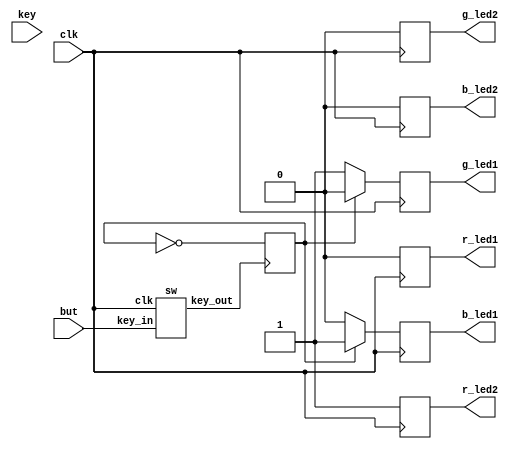
module secret_box(clk,key,but,r_led1,g_led1,b_led1,r_led2,g_led2,b_led2);
	input clk;
	input [7:0] key;
	input but;
	output reg r_led1,r_led2,g_led2,g_led1,b_led2,b_led1;

	reg [7:0] key1=8'b1111_0000;
	reg [7:0] key2=8'b0000_1111;
	reg [7:0] key_temp;

	reg con;
	wire but_lock;
	sw a1(.clk(clk),.key_in(but),.key_out(but_lock));

	always @(posedge but_lock) begin
		con<=~con;
	end

	

	always @(posedge clk) begin
		if(con==1) begin
			key_temp<=key1;
			r_led1<=1'b0;
			b_led1<=1'b1;
			g_led1<=1'b0;
		end
		else begin
			key_temp<=key2;
			r_led1<=1'b0;
			b_led1<=1'b0;
			g_led1<=1'b1;
		end
	end

	always @(posedge clk) begin
		if(key==key_temp) begin
			r_led2<=1'b1;
			b_led2<=1'b0;
			g_led2<=1'b0;
		end
		else begin
			r_led2<=1'b1;
			b_led2<=1'b0;
			g_led2<=1'b0;
		end
	end

endmodule

module sw(clk,key_in,key_out);
	input key_in;
	input clk;
	output reg key_out;
	reg [19:0]tcnt1;
	
	always @(posedge clk or negedge key_in)
	begin
	if(!key_in)tcnt1<=20'd0;
	else tcnt1<=tcnt1+1;
	end
	always @(posedge clk or negedge key_in)
	begin
	if(!key_in)key_out<=0;
		else if(tcnt1==20'hfffff)key_out<=key_in;
	end
endmodule